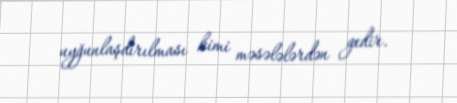
uyğunlaşdırılması kimi məsələlərdən gedir.